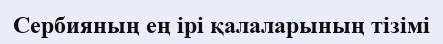
Сербияның ең ірі қалаларының тізімі